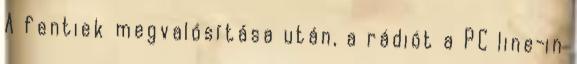
A fentiek megvalósítása után, a rádiót a PC line-in